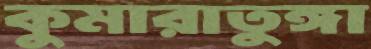
কুমারাতুঙ্গা